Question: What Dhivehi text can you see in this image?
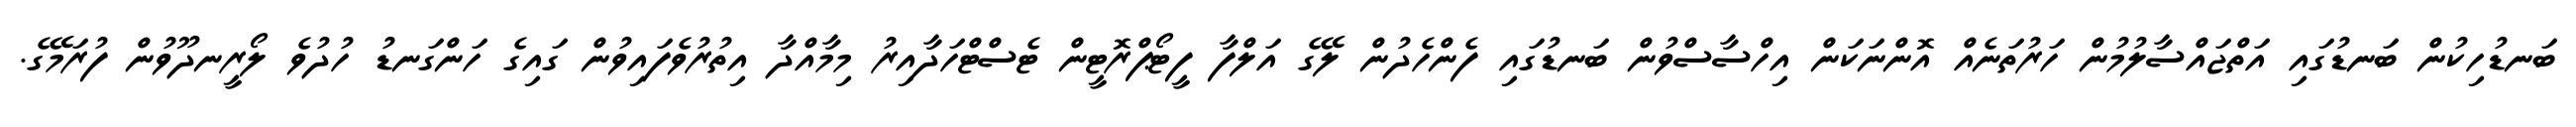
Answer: ބަނޑުހިކުން ބަނޑުގައި އަތްޖައްސާލުމުން ހަރުތަނެއް އޮންނަކަން އިހްސާސްވުން ބަނޑުގައި ފެންހެދުން ލޭގެ އަލްފާ ފީޓޯޕްރޮޓީން ޓެސްޓްހަދާއިރު މިމާއްދާ އިތުރުވެފައިވުން ގައިގެ ހަންގަނޑު ހުދުވެ ލޯރީނދޫވުން ފުރަމޭގެ.